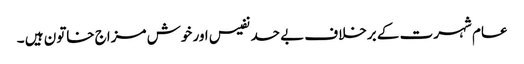
عام شہرت کے برخلاف بے حد نفیس اور خوش مزاج خاتون ہیں ۔